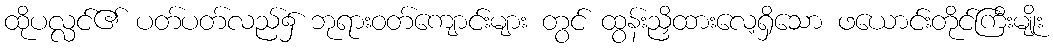
ထိုပလ္လင်၏ ပတ်ပတ်လည်၌ ဘုရားဝတ်ကျောင်းများ တွင် ထွန်းညှိထားလေ့ရှိသော ဖယောင်းတိုင်ကြီးမျိုး